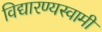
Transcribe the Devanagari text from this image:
विद्यारण्यस्वामी